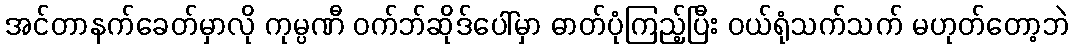
အင်တာနက်ခေတ်မှာလို ကုမ္ပဏီ ဝက်ဘ်ဆိုဒ်ပေါ်မှာ ဓာတ်ပုံကြည့်ပြီး ဝယ်ရုံသက်သက် မဟုတ်တော့ဘဲ